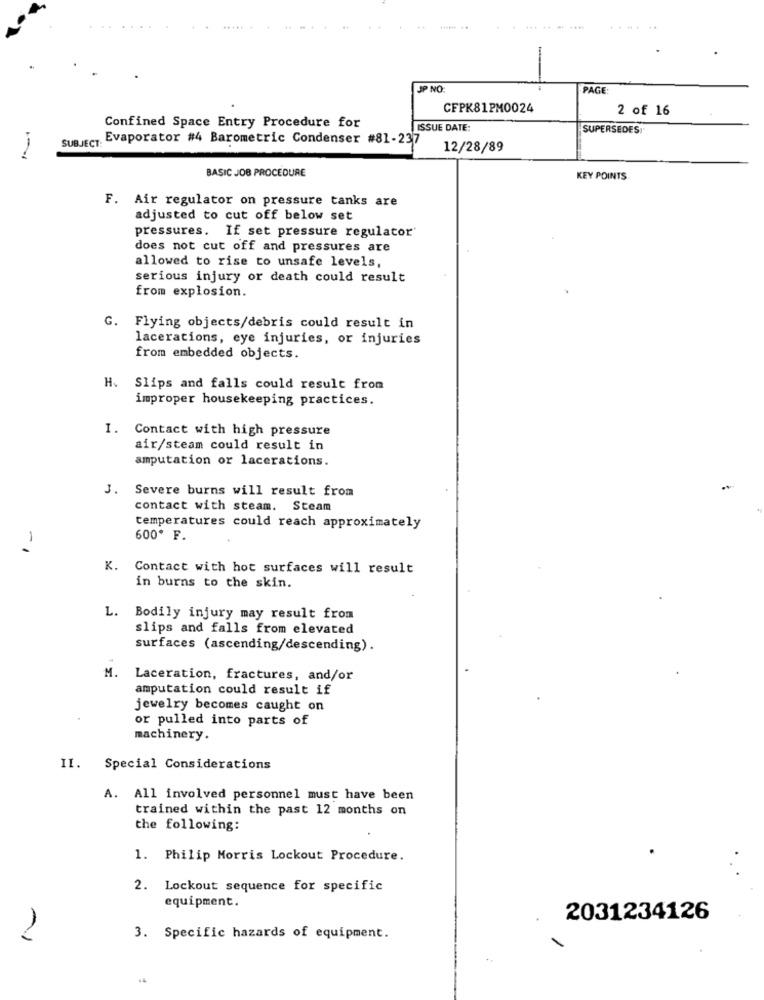
.......
......
-
JP NO:
PAGE
CFPK81PM0024
2 of 16
Confined Space Entry Procedure for
ISSUE DATE:
SUPERSEDES.
SUBJECT Evaporator #4 Barometric Condenser #81-237
12/28/89
BASIC JOB PROCEDURE
KEY POINTS.
F. Air regulator on pressure tanks are
adjusted to cut off below set
pressures. If set pressure regulator
does not cut off and pressures are
allowed to rise to unsafe levels,
serious injury or death could result
from explosion.
G. Flying objects/debris could result in
lacerations, eye injuries, or injuries
from embedded objects.
H. Slips and falls could result from
improper housekeeping practices.
I. Contact with high pressure
air/steam could result in
amputation or lacerations.
J.
Severe burns will result from
contact with steam. Steam
temperatures could reach approximately
1
600º F.
K.
Contact with hot surfaces will result
in burns to the skin.
L. Bodily injury may result from
slips and falls from elevated
surfaces (ascending/descending).
M.
Laceration, fractures, and/or
amputation could result if
jewelry becomes caught on
or pulled into parts of
machinery.
II. Special Considerations
A. All involved personnel must have been
trained within the past 12 months on
the following:
1. Philip Morris Lockout Procedure.
2. Lockout sequence for specific
equipment.
2031234126
2
3. Specific hazards of equipment.
.4